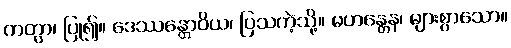
ကတွာ၊ ပြု၍။ ဒေဿန္တောဝိယ၊ ပြသကဲ့သို့။ မဟန္တေန၊ များစွာသော။